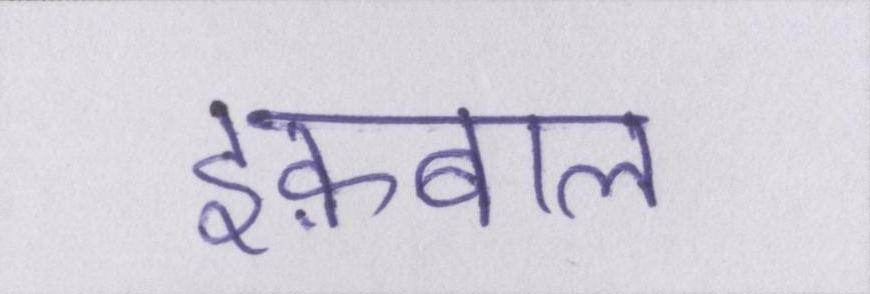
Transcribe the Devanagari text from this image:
इक़बाल